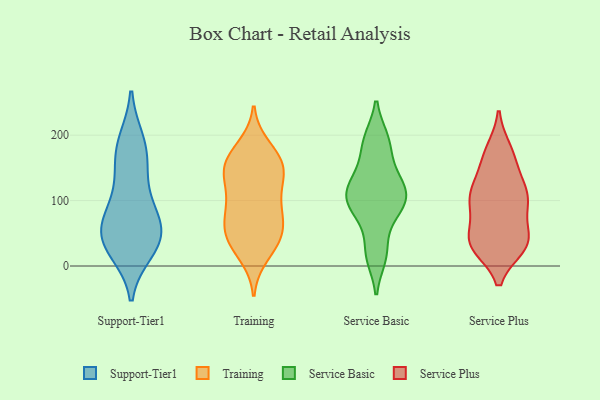
{"axis": {"x": "Tickets Resolved", "y": "Value"}, "legend": ["Service Basic", "Service Plus", "Support-Tier1", "Training"], "data": [{"x": "", "y": 65, "type": "Support-Tier1"}, {"x": "", "y": 24, "type": "Support-Tier1"}, {"x": "", "y": 186, "type": "Support-Tier1"}, {"x": "", "y": 162, "type": "Support-Tier1"}, {"x": "", "y": 47, "type": "Support-Tier1"}, {"x": "", "y": 102, "type": "Support-Tier1"}, {"x": "", "y": 190, "type": "Support-Tier1"}, {"x": "", "y": 38, "type": "Support-Tier1"}, {"x": "", "y": 64, "type": "Support-Tier1"}, {"x": "", "y": 41, "type": "Support-Tier1"}, {"x": "", "y": 87, "type": "Support-Tier1"}, {"x": "", "y": 31, "type": "Support-Tier1"}, {"x": "", "y": 146, "type": "Support-Tier1"}, {"x": "", "y": 38, "type": "Training"}, {"x": "", "y": 37, "type": "Training"}, {"x": "", "y": 66, "type": "Training"}, {"x": "", "y": 106, "type": "Training"}, {"x": "", "y": 139, "type": "Training"}, {"x": "", "y": 181, "type": "Training"}, {"x": "", "y": 89, "type": "Training"}, {"x": "", "y": 124, "type": "Training"}, {"x": "", "y": 158, "type": "Training"}, {"x": "", "y": 79, "type": "Training"}, {"x": "", "y": 154, "type": "Training"}, {"x": "", "y": 153, "type": "Training"}, {"x": "", "y": 17, "type": "Training"}, {"x": "", "y": 142, "type": "Training"}, {"x": "", "y": 46, "type": "Training"}, {"x": "", "y": 170, "type": "Training"}, {"x": "", "y": 78, "type": "Training"}, {"x": "", "y": 45, "type": "Training"}, {"x": "", "y": 159, "type": "Service Basic"}, {"x": "", "y": 23, "type": "Service Basic"}, {"x": "", "y": 115, "type": "Service Basic"}, {"x": "", "y": 97, "type": "Service Basic"}, {"x": "", "y": 192, "type": "Service Basic"}, {"x": "", "y": 82, "type": "Service Basic"}, {"x": "", "y": 193, "type": "Service Basic"}, {"x": "", "y": 83, "type": "Service Basic"}, {"x": "", "y": 128, "type": "Service Basic"}, {"x": "", "y": 15, "type": "Service Basic"}, {"x": "", "y": 108, "type": "Service Basic"}, {"x": "", "y": 120, "type": "Service Basic"}, {"x": "", "y": 177, "type": "Service Plus"}, {"x": "", "y": 110, "type": "Service Plus"}, {"x": "", "y": 118, "type": "Service Plus"}, {"x": "", "y": 34, "type": "Service Plus"}, {"x": "", "y": 30, "type": "Service Plus"}, {"x": "", "y": 115, "type": "Service Plus"}, {"x": "", "y": 154, "type": "Service Plus"}, {"x": "", "y": 40, "type": "Service Plus"}, {"x": "", "y": 40, "type": "Service Plus"}, {"x": "", "y": 30, "type": "Service Plus"}, {"x": "", "y": 159, "type": "Service Plus"}, {"x": "", "y": 107, "type": "Service Plus"}, {"x": "", "y": 104, "type": "Service Plus"}, {"x": "", "y": 90, "type": "Service Plus"}, {"x": "", "y": 38, "type": "Service Plus"}, {"x": "", "y": 85, "type": "Service Plus"}, {"x": "", "y": 44, "type": "Service Plus"}, {"x": "", "y": 99, "type": "Service Plus"}, {"x": "", "y": 32, "type": "Service Plus"}, {"x": "", "y": 176, "type": "Service Plus"}]}